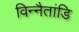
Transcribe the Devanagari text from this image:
विन्नैतांडि